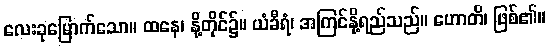
လေးခုမြောက်သော။ ထနေ၊ နို့တိုင်၌။ ယံခီရံ၊ အကြင်နို့ရည်သည်။ ဟောတိ၊ ဖြစ်၏။